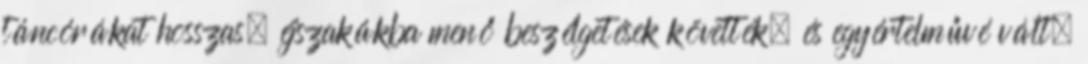
táncórákat hosszas, éjszakákba menő beszélgetések követték, és egyértelművé vált,